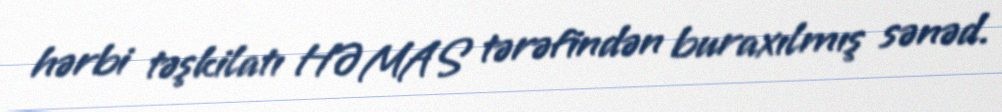
hərbi təşkilatı HƏMAS tərəfindən buraxılmış sənəd.